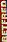
BETFRED